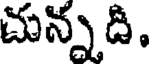
చున్నది.